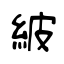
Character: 紴